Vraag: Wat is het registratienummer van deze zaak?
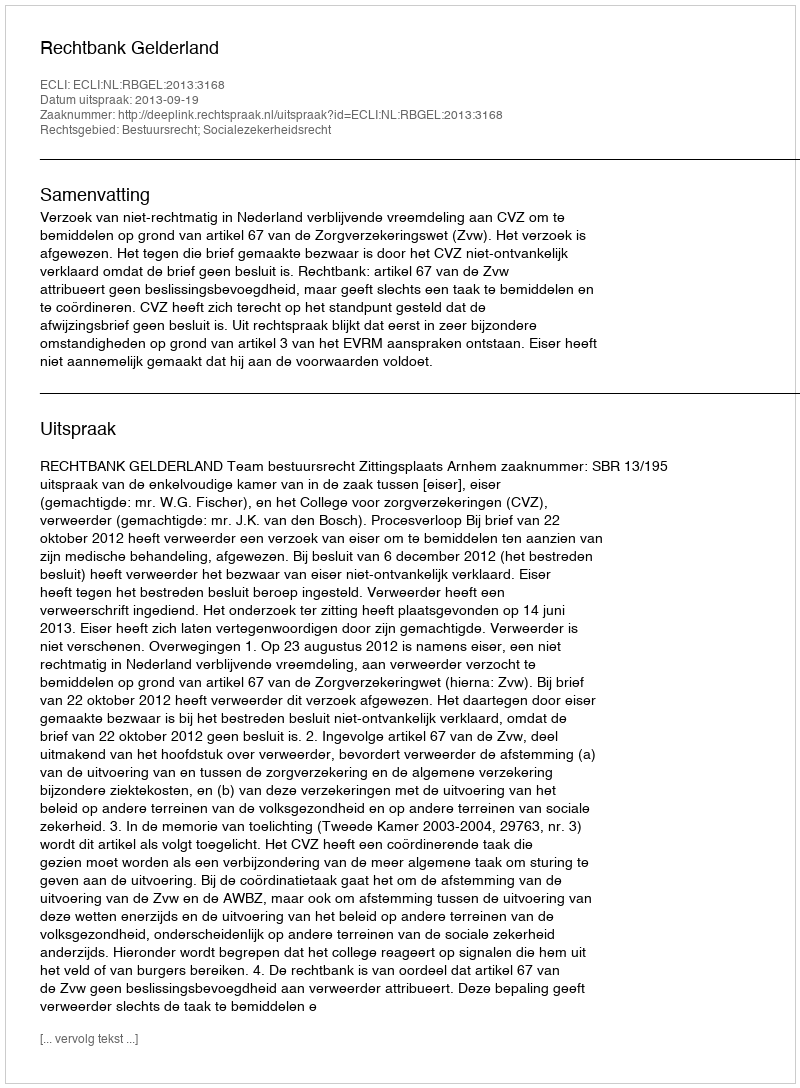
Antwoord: http://deeplink.rechtspraak.nl/uitspraak?id=ECLI:NL:RBGEL:2013:3168